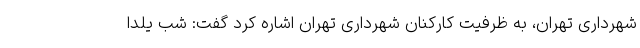
شهرداری تهران، به ظرفیت کارکنان شهرداری تهران اشاره کرد گفت: شب یلدا